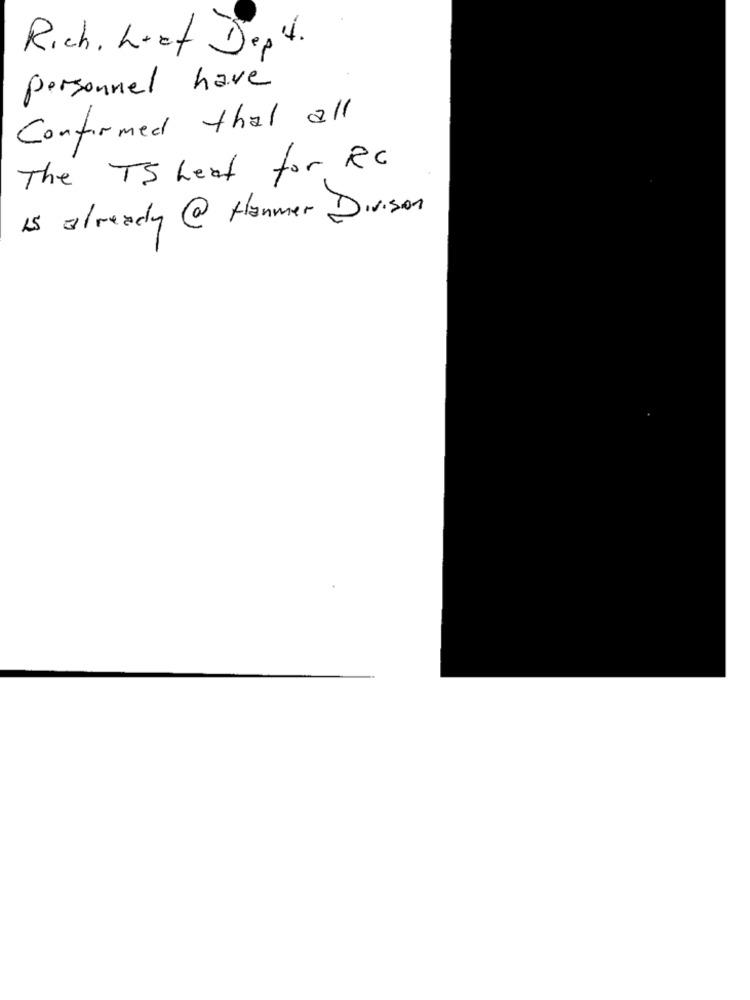
4.
Rich, Leaf Dep
personnel have
Confirmed that all
The TS heat for RC
is already @ Hammer Division